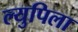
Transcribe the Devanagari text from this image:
ल्युपिला